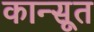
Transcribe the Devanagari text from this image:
कान्सूत